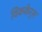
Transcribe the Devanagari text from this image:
विककेर्स